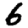
Digit: 6